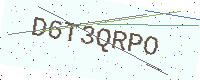
Text: D6T3QRPO